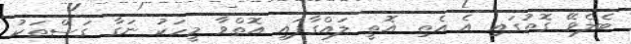
ބެލެވޭ ގޮތުގައި އެ އެތި އޮތީ ލައްގާފައި އޮތްވާ މީހަކު ނަގާ ގަސްތަކު